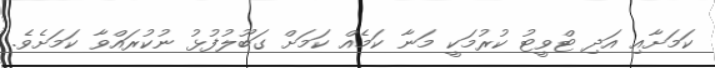
ކަމަށާއި އަދި ޓްވީޓު ކުރުމަކީ މަނާ ކަމެއް ކަމަށް ގަބޫލުފުޅު ނުކުރައްވާ ކަމަށެވެ.